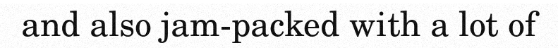
and also jam-packed with a lot of